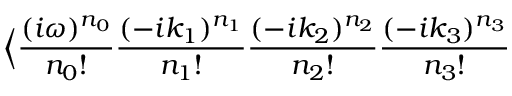
\Big < \frac { ( i \omega ) ^ { n _ { 0 } } } { n _ { 0 } ! } \frac { ( - i k _ { 1 } ) ^ { n _ { 1 } } } { n _ { 1 } ! } \frac { ( - i k _ { 2 } ) ^ { n _ { 2 } } } { n _ { 2 } ! } \frac { ( - i k _ { 3 } ) ^ { n _ { 3 } } } { n _ { 3 } ! }